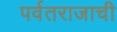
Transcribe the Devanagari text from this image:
पर्वतराजाची